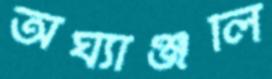
অর্ঘ্যাঞ্জলি